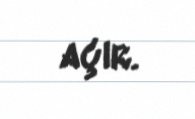
açır.